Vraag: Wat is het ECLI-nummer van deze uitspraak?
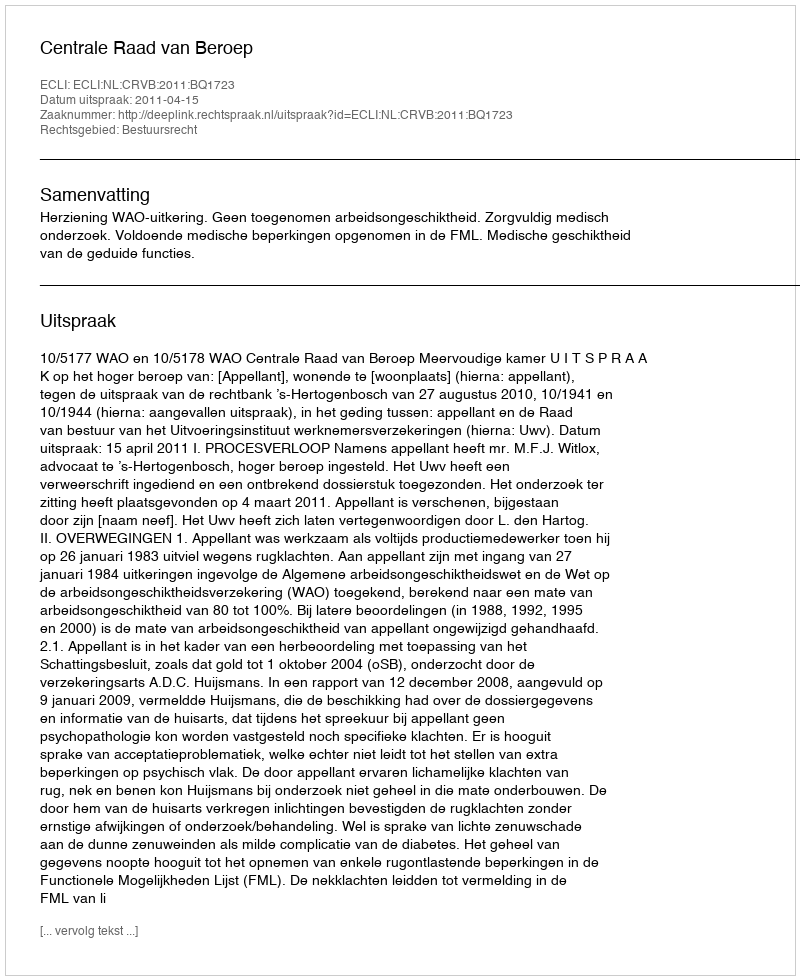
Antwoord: ECLI:NL:CRVB:2011:BQ1723